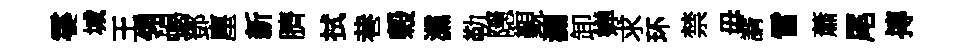
霎城王翎蝎鄧塵新臍拭巷榖灙勒隠覲瀾卸婵求环禁毋諝雷蕭尾摶